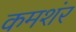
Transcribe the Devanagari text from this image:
कमशंर